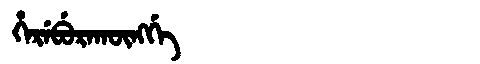
Manchu: ᡥᡝᡵᡝᠪᡠᡵᠠᡴᡡᠩᡤᡝ
Romanization: HEREBURAKŪNGGE